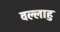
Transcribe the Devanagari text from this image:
वल्लाहु